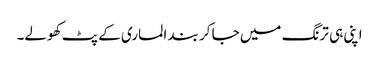
اپنی ہی ترنگ میں جا کر بند الماری کے پٹ کھولے۔